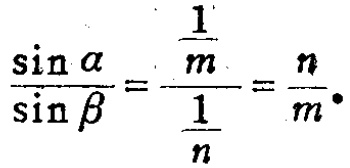
\(\frac{\sin \alpha}{\sin \beta}=\frac{\frac{1}{m}}{\frac{1}{n}}=\frac{n}{m}.\)